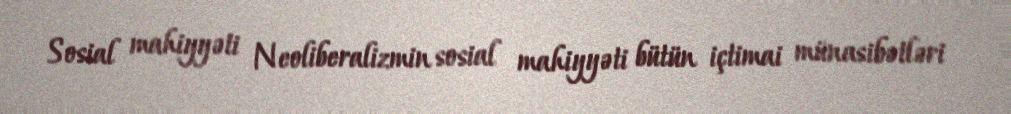
Sosial mahiyyəti Neoliberalizmin sosial mahiyyəti bütün içtimai münasibətləri